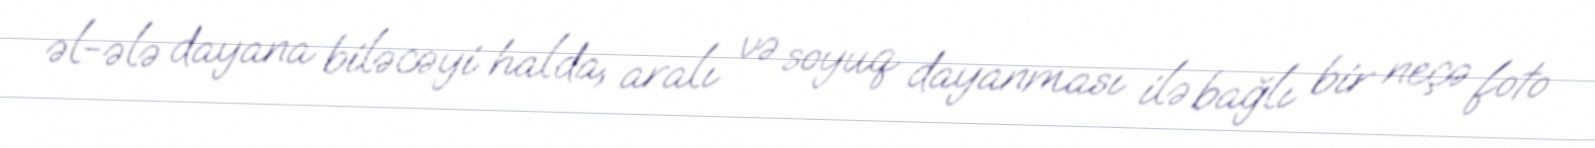
əl-ələ dayana biləcəyi halda, aralı və soyuq dayanması ilə bağlı bir neçə foto